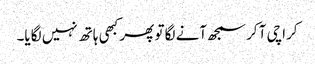
کراچی آ کر سمجھ آنے لگا تو پھر کبھی ہاتھ نہیں لگایا۔